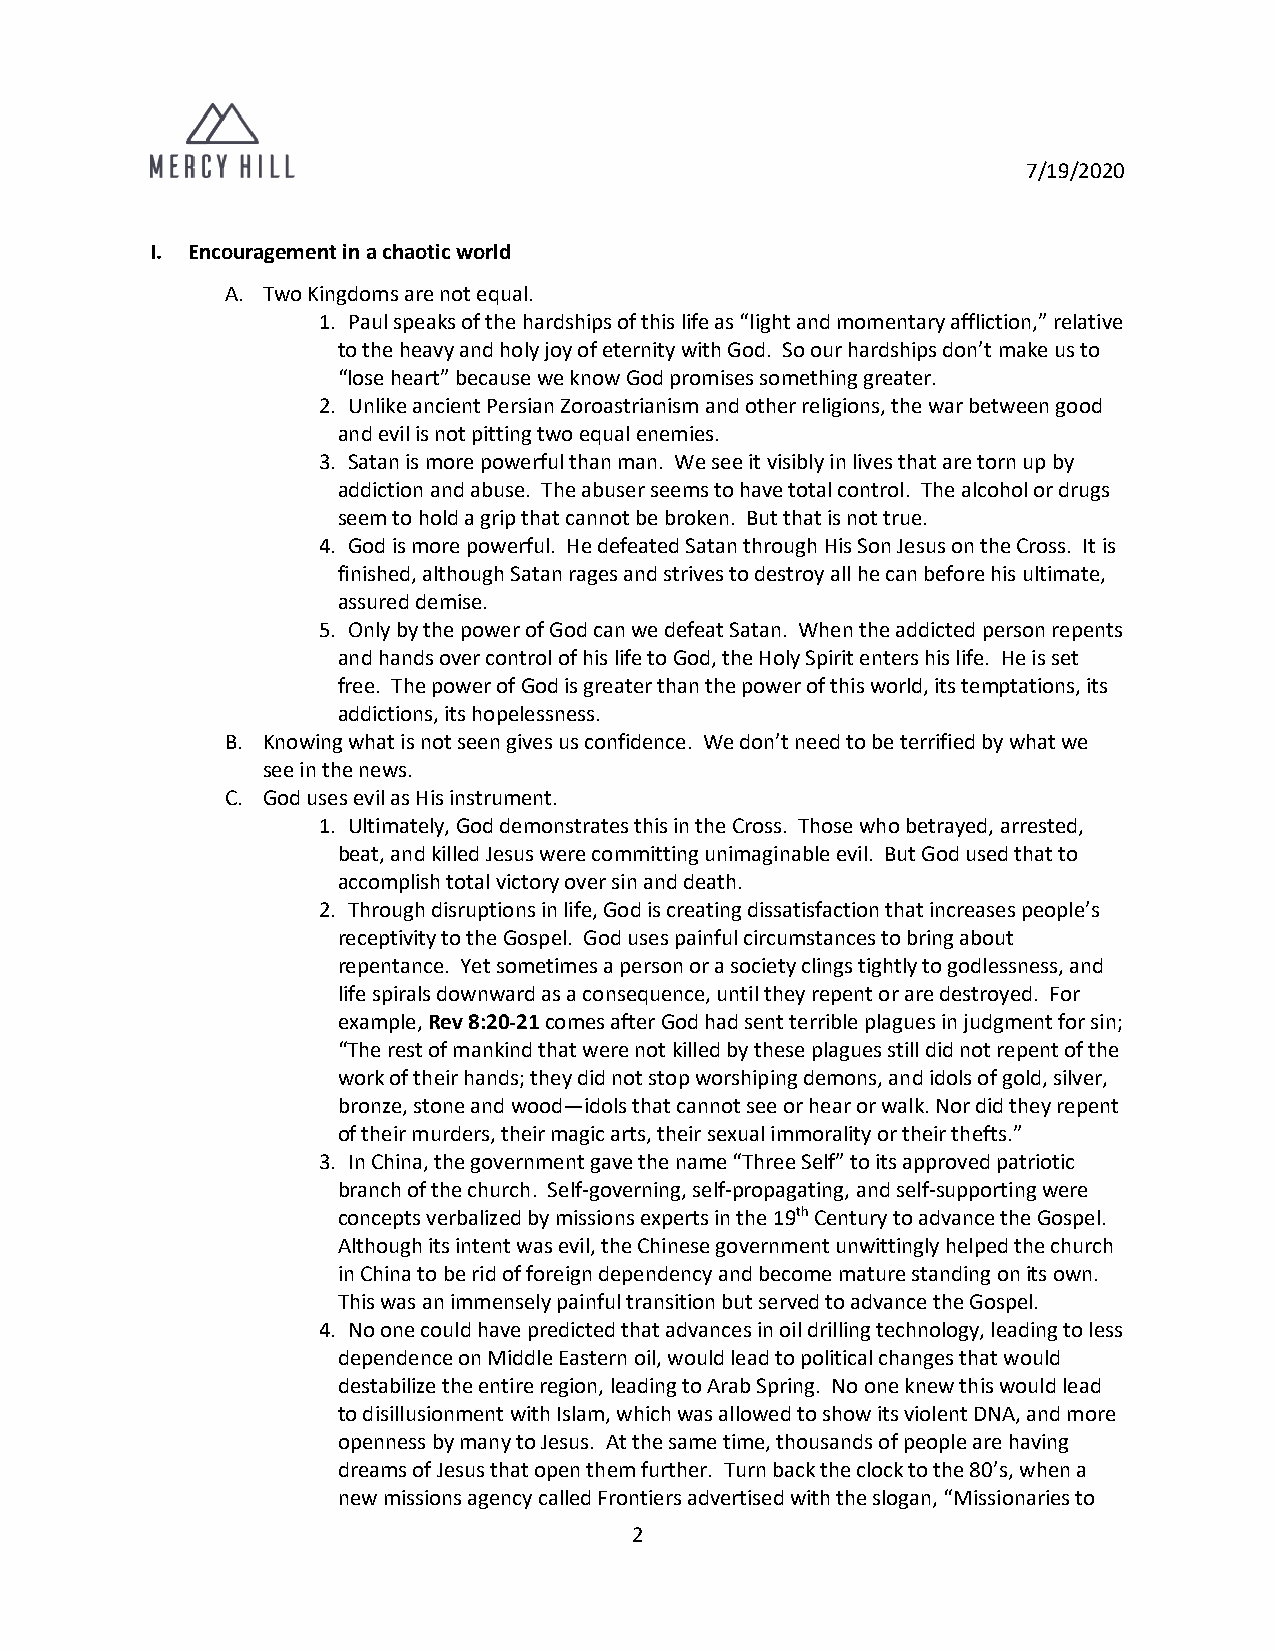
7/19/2020
 I. Encouragement in a chaotic world
 A. Two Kingdoms are not equal.
 1. Paul speaks of the hardships of this life as “light and momentary affliction,” relative
 to the heavy and holy joy of eternity with God. So our hardships don’t make us to
 “lose heart” because we know God promises something greater.
 2. Unlike ancient Persian Zoroastrianism and other religions, the war between good
 and evil is not pitting two equal enemies.
 3. Satan is more powerful than man. We see it visibly in lives that are torn up by
 addiction and abuse. The abuser seems to have total control. The alcohol or drugs
 seem to hold a grip that cannot be broken. But that is not true.
 4. God is more powerful. He defeated Satan through His Son Jesus on the Cross. It is
 finished, although Satan rages and strives to destroy all he can before his ultimate,
 assured demise.
 5. Only by the power of God can we defeat Satan. When the addicted person repents
 and hands over control of his life to God, the Holy Spirit enters his life. He is set
 free. The power of God is greater than the power of this world, its temptations, its
 addictions, its hopelessness.
 B. Knowing what is not seen gives us confidence. We don’t need to be terrified by what we
 see in the news.
 C. God uses evil as His instrument.
 1. Ultimately, God demonstrates this in the Cross. Those who betrayed, arrested,
 beat, and killed Jesus were committing unimaginable evil. But God used that to
 accomplish total victory over sin and death.
 2. Through disruptions in life, God is creating dissatisfaction that increases people’s
 receptivity to the Gospel. God uses painful circumstances to bring about
 repentance. Yet sometimes a person or a society clings tightly to godlessness, and
 life spirals downward as a consequence, until they repent or are destroyed. For
 example, Rev 8:20-21 comes after God had sent terrible plagues in judgment for sin;
 “The rest of mankind that were not killed by these plagues still did not repent of the
 work of their hands; they did not stop worshiping demons, and idols of gold, silver,
 bronze, stone and wood—idols that cannot see or hear or walk. Nor did they repent
 of their murders, their magic arts, their sexual immorality or their thefts.”
 3. In China, the government gave the name “Three Self” to its approved patriotic
 branch of the church. Self-governing, self-propagating, and self-supporting were
 concepts verbalized by missions experts in the 19th Century to advance the Gospel.
 Although its intent was evil, the Chinese government unwittingly helped the church
 in China to be rid of foreign dependency and become mature standing on its own.
 This was an immensely painful transition but served to advance the Gospel.
 4. No one could have predicted that advances in oil drilling technology, leading to less
 dependence on Middle Eastern oil, would lead to political changes that would
 destabilize the entire region, leading to Arab Spring. No one knew this would lead
 to disillusionment with Islam, which was allowed to show its violent DNA, and more
 openness by many to Jesus. At the same time, thousands of people are having
 dreams of Jesus that open them further. Turn back the clock to the 80’s, when a
 new missions agency called Frontiers advertised with the slogan, “Missionaries to
 2